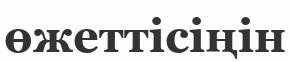
өжеттісіңін